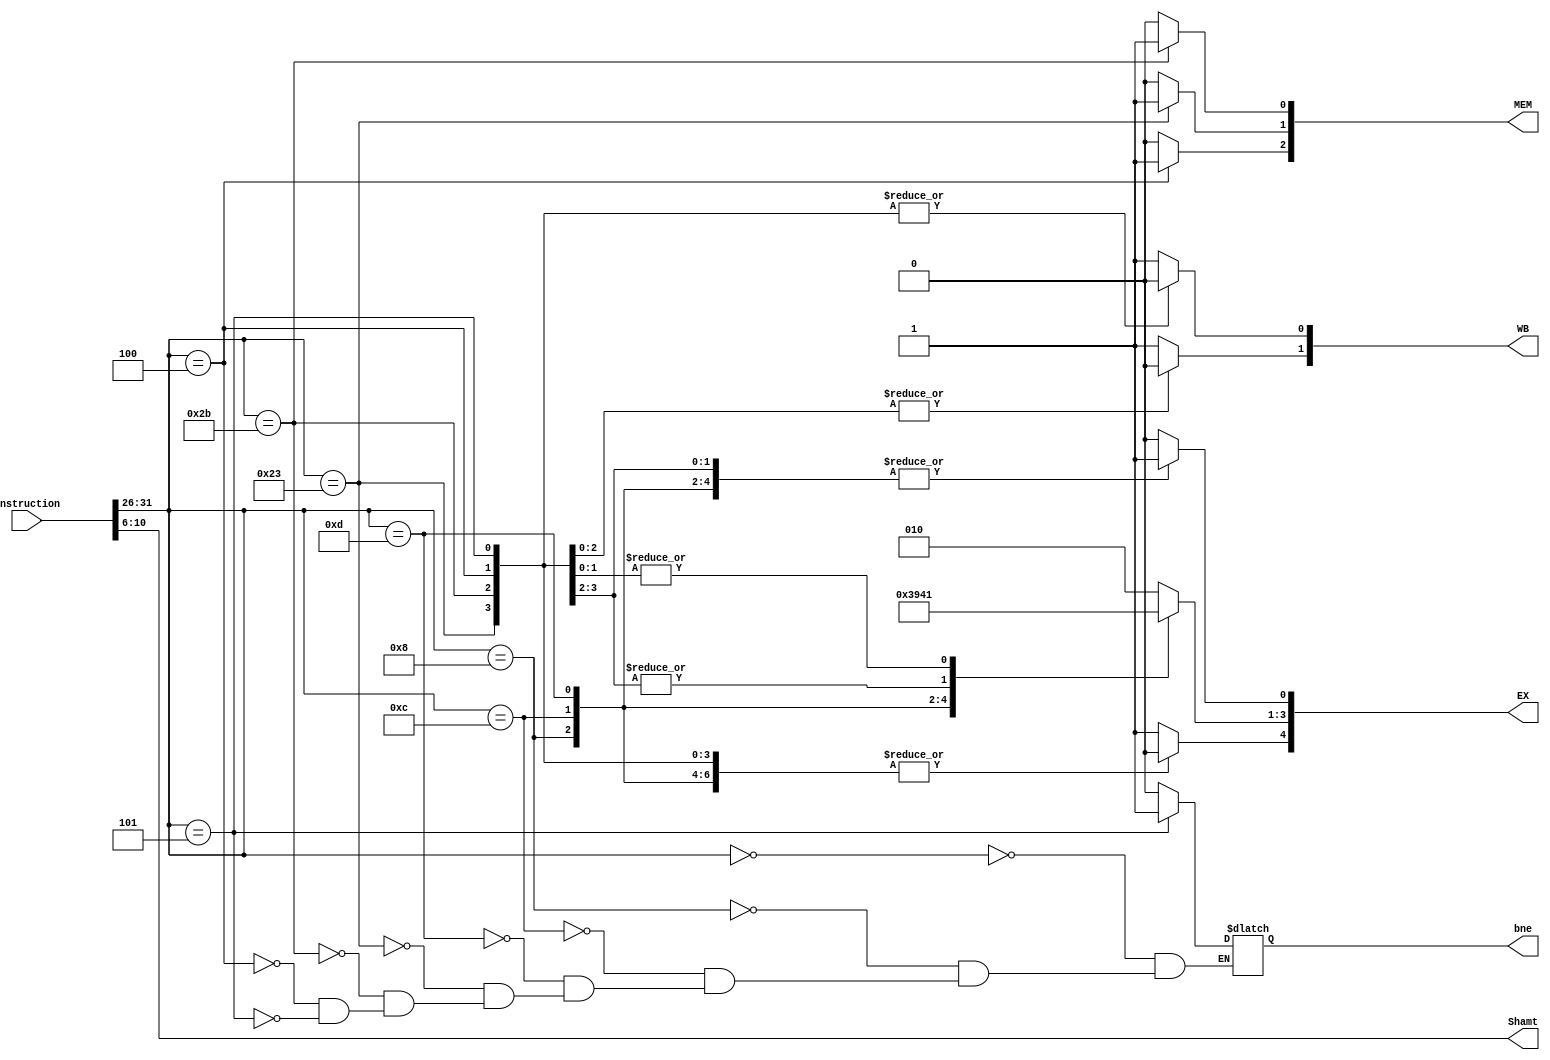
module controlUnit(instruction, EX, MEM, WB,Shamt,bne);

input [31:0] instruction;
reg [5:0] opcode;
output reg [4:0] EX;
output reg [2:0] MEM;
output reg [1:0] WB;
output reg [4:0] Shamt;
output reg bne;
reg ALUSrc=0, RegDst=0, Branch=0, MemRead=0, MemWrite=0, MemtoReg=0, RegWrite=0;
reg [2:0] ALUOp=3'b0;

initial
begin
	opcode= 6'b0;
	EX= 5'b0;
	MEM= 3'b0;
	WB= 2'b0;
	Shamt= 5'b0;
	bne=0;
end


always@(instruction)
begin

 	opcode = {instruction[31],instruction[30],instruction[29],instruction[28],instruction[27],instruction[26]};
	case (opcode)
	6'b000000:// R
		begin
		ALUOp = 3'b010;
		RegDst = 1'b1;
		RegWrite = 1'b1;
		ALUSrc = 1'b0;
		MemWrite = 1'b0;
		MemRead = 1'b0;
		MemtoReg = 1'b1;// changed
		Branch = 1'b0;
		bne=0;
	end
	
	6'b001000: // ADDI
	begin
		ALUOp = 3'b011;
		RegDst = 1'b0; //changed
		RegWrite = 1'b1;
		ALUSrc = 1'b1; // changed
		MemWrite = 1'b0;
		MemRead = 1'b0;
		MemtoReg = 1'b1;// changed
		Branch = 1'b0;
		bne=0;
	end
	
	6'b001100: // ANDI
	begin
		ALUOp = 3'b100;
		RegDst = 1'b0;// changed
		RegWrite = 1'b1;
		ALUSrc = 1'b1; // changed
		MemWrite = 1'b0;
		MemRead = 1'b0;
		MemtoReg = 1'b1;// changed
		Branch = 1'b0;
		bne=0;
	end
	
	6'b001101: //ORI
	begin
		ALUOp = 3'b101;
		RegDst = 1'b0;// changed
		RegWrite = 1'b1;
		ALUSrc = 1'b1; //changed
		MemWrite = 1'b0;
		MemRead = 1'b0;
		MemtoReg = 1'b1;// changed
		Branch = 1'b0;
		bne=0;
	end
	
	

	6'b100011: // LW
	begin
		ALUOp = 3'b000;
		RegDst = 1'b0;// changed
		RegWrite = 1'b1;
		ALUSrc = 1'b1; // changed
		MemWrite = 1'b0;
		MemRead = 1'b1;
		MemtoReg = 1'b0;// changed
		Branch = 1'b0;
		bne=0;
	end

	6'b101011: // SW
	begin
		ALUOp = 3'b000;
		RegDst = 1'b0;
		RegWrite = 1'b0;
		ALUSrc = 1'b1;
		MemWrite = 1'b1;
		MemRead = 1'b0;
		MemtoReg = 1'b0;
		Branch = 1'b0;
		bne=0;
	end

	6'b000100: // BEQ
	begin
		ALUOp = 3'b001;
		RegDst = 1'b0;
		RegWrite = 1'b0;
		ALUSrc = 1'b0;
		MemWrite = 1'b0;
		MemRead = 1'b0;
		MemtoReg = 1'b0;
		Branch = 1'b1;
		bne=0;
	end

		6'b000101: //BNE
	begin
		ALUOp = 3'b001;
		RegDst = 1'b0;
		RegWrite = 1'b0;
		ALUSrc = 1'b0;
		MemWrite = 1'b0;
		MemRead = 1'b0;
		MemtoReg = 1'b0;
		Branch = 1'b0;
		bne=1;
	end
	endcase
	 WB =  {RegWrite,MemtoReg};
 	MEM =  {Branch,MemRead,MemWrite};
 	EX =  {RegDst,ALUOp,ALUSrc};
	 Shamt = {instruction[10],instruction[9],instruction[8],instruction[7],instruction[6]};



end
endmodule